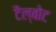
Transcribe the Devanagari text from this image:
टैल्बोट